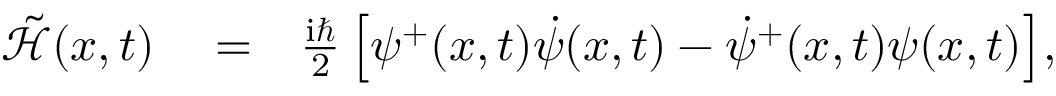
\begin{array} { r l r } { \tilde { \mathcal { H } } ( { x } , t ) } & { { } = } & { \frac { \mathrm { i } \hbar } { 2 } \left[ \psi ^ { + } ( { x } , t ) \dot { \psi } ( { x } , t ) - \dot { \psi } ^ { + } ( { x } , t ) \psi ( { x } , t ) \right] \! , } \end{array}